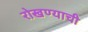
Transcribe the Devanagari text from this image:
रोखण्याची